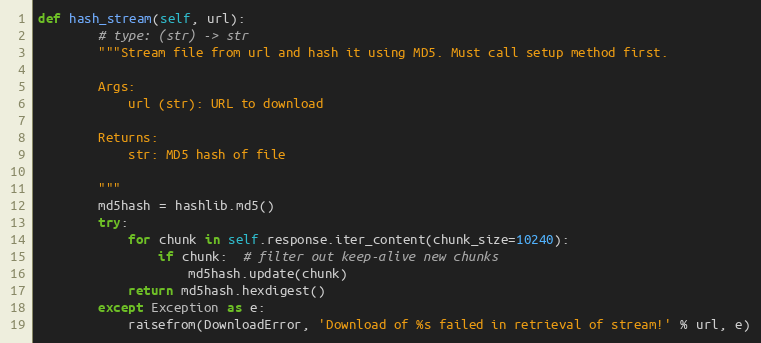
Language: Python
def hash_stream(self, url):
        # type: (str) -> str
        """Stream file from url and hash it using MD5. Must call setup method first.

        Args:
            url (str): URL to download

        Returns:
            str: MD5 hash of file

        """
        md5hash = hashlib.md5()
        try:
            for chunk in self.response.iter_content(chunk_size=10240):
                if chunk:  # filter out keep-alive new chunks
                    md5hash.update(chunk)
            return md5hash.hexdigest()
        except Exception as e:
            raisefrom(DownloadError, 'Download of %s failed in retrieval of stream!' % url, e)